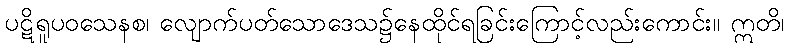
ပဋိရူပဝသေနစ၊ လျောက်ပတ်သောဒေသ၌နေထိုင်ရခြင်းကြောင့်လည်းကောင်း။ ဣတိ၊